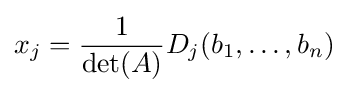
x_{j}={\frac {1}{\det(A)}}D_{j}(b_{1},\ldots ,b_{n})